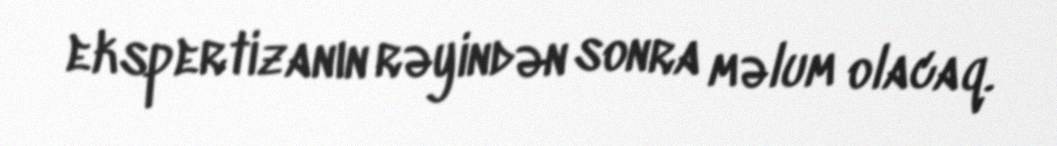
ekspertizanın rəyindən sonra məlum olacaq.